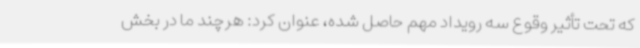
که تحت تأثیر وقوع سه رویداد مهم حاصل شده، عنوان کرد: هرچند ما در بخش